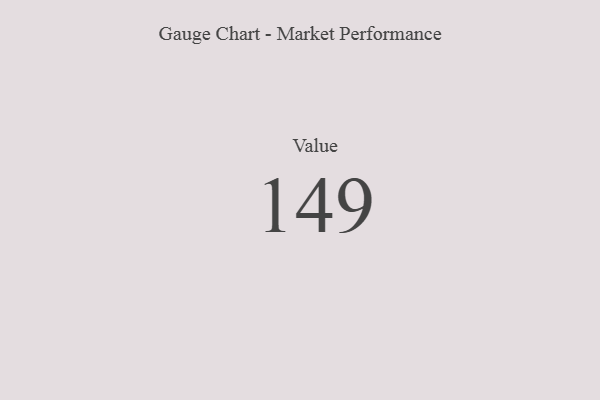
{"axis": {"x": "Metric", "y": "Value"}, "legend": [""], "data": [{"x": "Value", "y": 149, "type": ""}]}